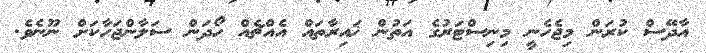
އާދޭސް ކުރަން މިޖެހެނީ މިނިސްޓަރުގެ އަތުން ޚައިރާތައް އެއްޗެއް ހޯދަން ސަލާންޖަހާކަށް ނޫނެވެ.